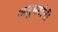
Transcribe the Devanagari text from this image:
अनुभवांनी